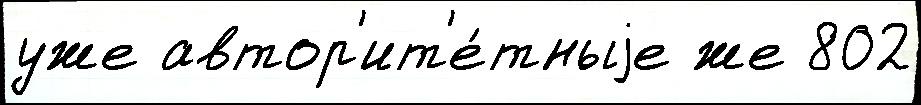
уже автор'ит'е́тныjе же 802